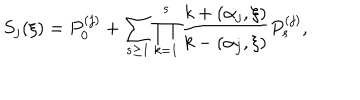
LaTeX: S _ { j } ( \xi ) = P _ { 0 } ^ { ( j ) } + \sum _ { s \geq 1 } \prod _ { k = 1 } ^ { s } \frac { k + ( \alpha _ { j } , \xi ) } { k - ( \alpha _ { j } , \xi ) } P _ { s } ^ { ( j ) } ,